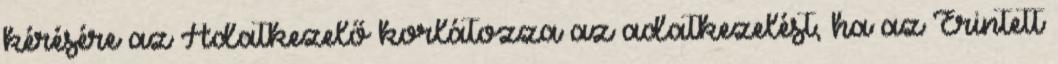
kérésére az Adatkezelő korlátozza az adatkezelést, ha az Érintett